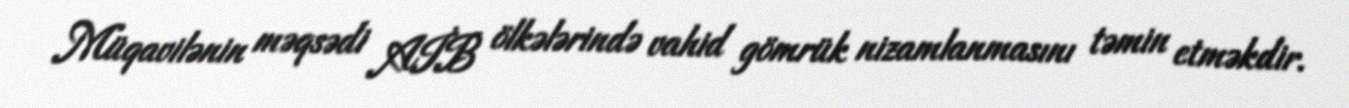
Müqavilənin məqsədi AİB ölkələrində vahid gömrük nizamlanmasını təmin etməkdir.